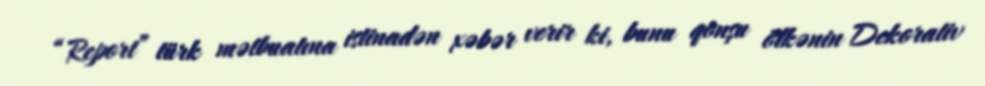
“Report” türk mətbuatına istinadən xəbər verir ki, bunu qonşu ölkənin Dekorativ